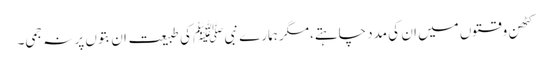
کٹھن وقتوں میں ان کی مدد چاہتے،مگر ہمارے نبی ﷺ کی طبیعت ان بتوں پر نہ جمی۔